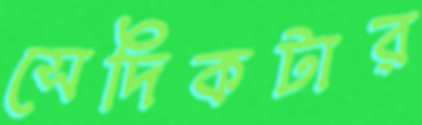
সেদিকটার